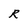
Character: R